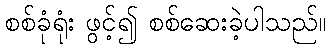
စစ်ခုံရုံး ဖွင့်၍ စစ်ဆေးခဲ့ပါသည်။